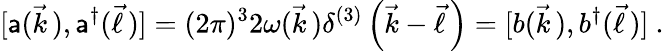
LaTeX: [\mathsf{a}(\vec{{k}}\, ),\mathsf{a}^{\dagger}(\vec{{\ell}}\, )]=(2\pi)^{3}2\omega(\vec{{k}}\, )\delta^{(3)}\left(\vec{{k}}-\vec{{\ell}}\, \right)=[b(\vec{{k}}\, ),b^{\dagger}(\vec{{\ell}}\, )]\ .